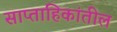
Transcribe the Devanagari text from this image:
साप्ताहिकांतील